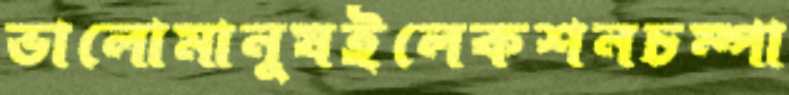
ভালোমানুষইলেকশনচম্পা